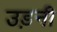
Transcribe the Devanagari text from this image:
उड़नी